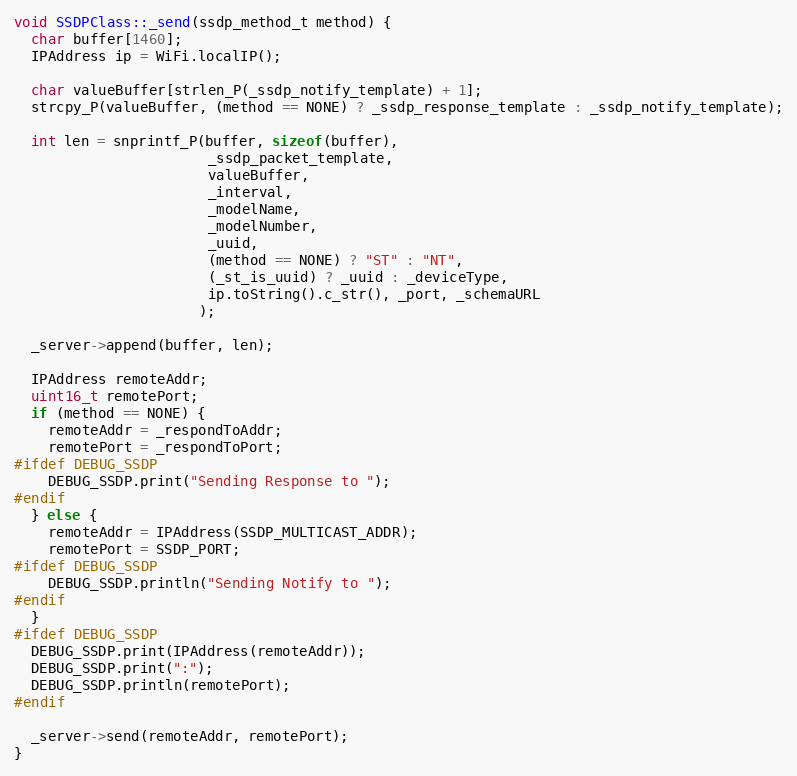
Language: C++
void SSDPClass::_send(ssdp_method_t method) {
  char buffer[1460];
  IPAddress ip = WiFi.localIP();

  char valueBuffer[strlen_P(_ssdp_notify_template) + 1];
  strcpy_P(valueBuffer, (method == NONE) ? _ssdp_response_template : _ssdp_notify_template);

  int len = snprintf_P(buffer, sizeof(buffer),
                       _ssdp_packet_template,
                       valueBuffer,
                       _interval,
                       _modelName,
                       _modelNumber,
                       _uuid,
                       (method == NONE) ? "ST" : "NT",
                       (_st_is_uuid) ? _uuid : _deviceType,
                       ip.toString().c_str(), _port, _schemaURL
                      );

  _server->append(buffer, len);

  IPAddress remoteAddr;
  uint16_t remotePort;
  if (method == NONE) {
    remoteAddr = _respondToAddr;
    remotePort = _respondToPort;
#ifdef DEBUG_SSDP
    DEBUG_SSDP.print("Sending Response to ");
#endif
  } else {
    remoteAddr = IPAddress(SSDP_MULTICAST_ADDR);
    remotePort = SSDP_PORT;
#ifdef DEBUG_SSDP
    DEBUG_SSDP.println("Sending Notify to ");
#endif
  }
#ifdef DEBUG_SSDP
  DEBUG_SSDP.print(IPAddress(remoteAddr));
  DEBUG_SSDP.print(":");
  DEBUG_SSDP.println(remotePort);
#endif

  _server->send(remoteAddr, remotePort);
}